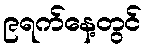
၉ရက်နေ့တွင်